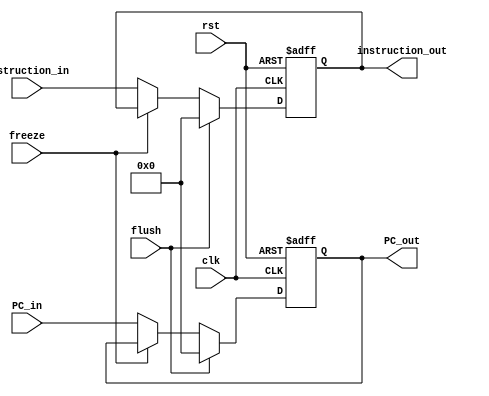
module IF_Reg (
    input clk, rst, freeze, flush,
    input [31:0] PC_in, instruction_in,
    output reg [31:0] PC_out, instruction_out
  );

  always @(posedge clk, posedge rst)
  begin
    if (rst)
    begin
      PC_out <= 0;
      instruction_out <= 0;
    end
    else if (flush)
    begin
      PC_out <= 0;
      instruction_out <= 0;
    end
    else if (~freeze)
    begin
      PC_out <= PC_in;
      instruction_out <= instruction_in;
    end
  end

endmodule